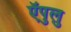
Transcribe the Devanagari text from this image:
ऍपुलु